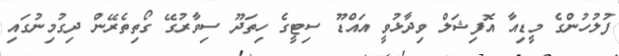
ފުލުހުންގެ މީޑިއާ އޮފިޝަލް ވިދާޅުވީ އައްޑޫ ސިޓީގެ ހިތަދޫ ސިވާރުގޭ ގޯތިތެރޭން ދިގުމިނުގައި